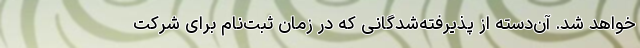
خواهد شد. آن‌دسته از پذیرفته‌شدگانی که‌ در زمان ثبت‌نام برای شرکت